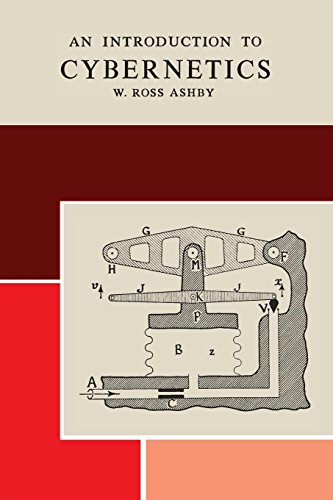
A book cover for An Introduction to Cybernetics; W. Ross Ashby; Computers & Technology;